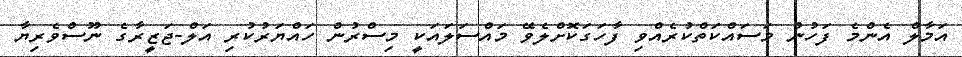
އަމާލް އެންމެ ފަހުން މަސައްކަތްކުރެއްވި ފާހަގަކޮށްލެވޭ މައްސަލައަކީ މިސްރުން ހައްޔަރުކުރި އަލް-ޖަޒީރާގެ ނޫސްވެރިޔާ